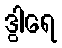
ဒွါရေ